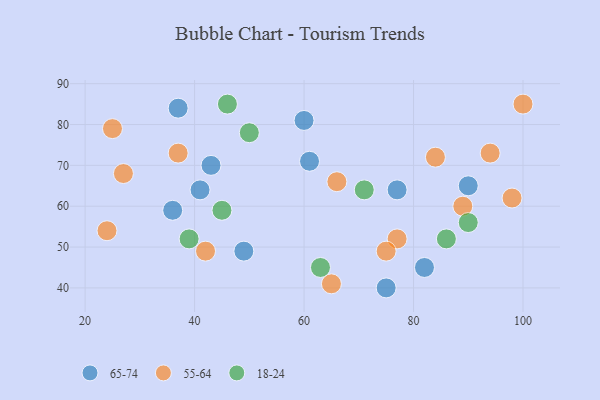
{"axis": {"x": "GDP", "y": "Life Expectancy"}, "legend": ["18-24", "55-64", "65-74"], "data": [{"x": "49", "y": 49, "type": "65-74"}, {"x": "61", "y": 71, "type": "65-74"}, {"x": "37", "y": 84, "type": "65-74"}, {"x": "41", "y": 64, "type": "65-74"}, {"x": "60", "y": 81, "type": "65-74"}, {"x": "90", "y": 65, "type": "65-74"}, {"x": "43", "y": 70, "type": "65-74"}, {"x": "36", "y": 59, "type": "65-74"}, {"x": "75", "y": 40, "type": "65-74"}, {"x": "77", "y": 64, "type": "65-74"}, {"x": "82", "y": 45, "type": "65-74"}, {"x": "89", "y": 60, "type": "55-64"}, {"x": "94", "y": 73, "type": "55-64"}, {"x": "98", "y": 62, "type": "55-64"}, {"x": "100", "y": 85, "type": "55-64"}, {"x": "77", "y": 52, "type": "55-64"}, {"x": "66", "y": 66, "type": "55-64"}, {"x": "65", "y": 41, "type": "55-64"}, {"x": "75", "y": 49, "type": "55-64"}, {"x": "37", "y": 73, "type": "55-64"}, {"x": "84", "y": 72, "type": "55-64"}, {"x": "27", "y": 68, "type": "55-64"}, {"x": "24", "y": 54, "type": "55-64"}, {"x": "25", "y": 79, "type": "55-64"}, {"x": "42", "y": 49, "type": "55-64"}, {"x": "39", "y": 52, "type": "18-24"}, {"x": "90", "y": 56, "type": "18-24"}, {"x": "45", "y": 59, "type": "18-24"}, {"x": "71", "y": 64, "type": "18-24"}, {"x": "63", "y": 45, "type": "18-24"}, {"x": "50", "y": 78, "type": "18-24"}, {"x": "86", "y": 52, "type": "18-24"}, {"x": "46", "y": 85, "type": "18-24"}]}